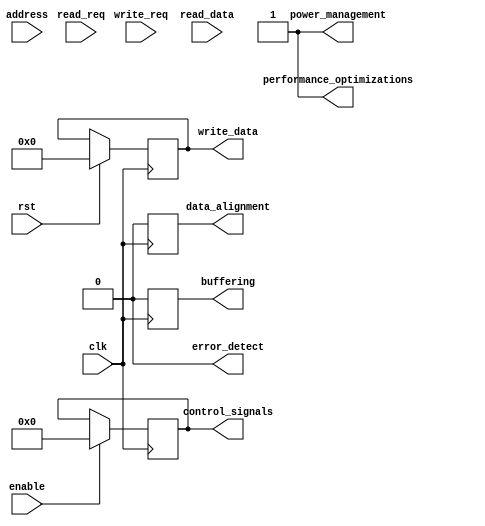
module rldram_controller (
    input wire clk,
    input wire rst,
    input wire read_req,
    input wire write_req,
    input wire [31:0] read_data,
    output reg [31:0] write_data,
    input wire [3:0] address,
    input wire enable,
    output wire [3:0] control_signals,
    output reg data_alignment,
    output reg buffering,
    output wire error_detect,
    output wire power_management,
    output wire performance_optimizations
);

// Controller logic for managing read and write operations
always @ (posedge clk) begin
    if (rst) begin
        write_data <= 32'b0;
    end else begin
        if (read_req) begin
            // Read operation logic
            // Add your code here
        end else if (write_req) begin
            // Write operation logic
            // Add your code here
        end
    end
end

// Timing and signal handling for RLDRAM interface
always @ (posedge clk) begin
    if (enable) begin
        // Add your code here for handling timings and signals
        control_signals <= 4'b0000;
    end
end

// Logic for addressing RLDRAM
always @ (posedge clk) begin
    // Add your code here for addressing RLDRAM
end

// Data alignment and buffering logic
always @ (posedge clk) begin
    // Add your code here for data alignment and buffering
    data_alignment <= 1'b0;
    buffering <= 1'b0;
end

// Error detection and correction logic
assign error_detect = 1'b0;

// Power management logic
assign power_management = 1'b1;

// Performance optimizations logic
assign performance_optimizations = 1'b1;

endmodule